Vaccination in the Punjab 1897-1904 - 1897-1904
Year: 1897
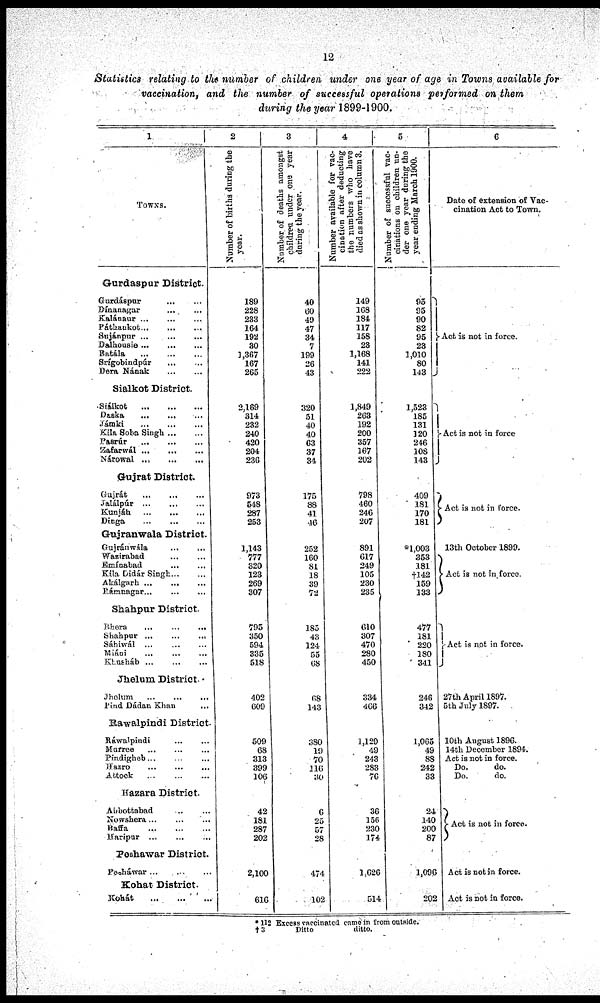
12
Statistics relating to the number of children under one year of age in Towns available for
vaccination, and the number of successful operations performed on them
during the year 1899-1900.
1
TOWNS.
Gurdaspur District.
Gurdáspur
...
...
...
Dínanagar ... ... ...
Kalánaur
...
...
...
Páthankot
...
...
...
Sujánpur ... ... ...
Dalhousie
...
...
...
Batála
...
...
...
Srigobindpúr ... ... ...
Dera Nának ... ... ...
Sialkot District.
Siálkot
...
...
...
Daska
...
...
...
Jámki
...
...
...
Kila Soba Singh ... ... ...
Pasrúr
...
...
...
Zafarwál
...
...
...
Nárowal
...
...
...
Gujrat District.
Gujrát ... ... ...
Jalálpúr ... ... ...
Kunjáh
...
...
...
Dinga
...
...
...
Gujranwala District.
Gujránwála ... ... ...
Wazirabad ... ... ...
Emínabad ... ... ...
Kila Didár Singh ...
Akálgarh ... ... ...
Rámnagar
...
...
...
Shahpur District.
Bhera
...
...
...
Shahpur ... ... ...
Sáhiwál ... ... ...
Miáni ... ... ...
Khusháb
...
...
...
Jhelum District
Jhelum ... ... ...
Pind Dádan Khan ...
Rawalpindi District.
Ráwalpindi ... ... ...
Murree ... ... ...
Pindigheb ... ... ...
Hazro ... ... ...
Attock ... ... ...
Hazara District.
Abbottabad ... ... ...
Nowshera
...
...
...
Baffa
...
...
...
Haripur
...
...
...
Peshawar District.
Pesháwar
...
...
...
Kohat District.
Kohát ... ... ...
2
Number of births during the
year.
189
228
283
164
192
80
1,367
167
265
2,169
314
282
240
420
204
236
973
548
287
253
1,143
777
320
123
269
307
795
350
594
335
518
402
609
509
68
313
399
106
42
181
287
202
2,100
616
3
Number of deaths amongst
children under one year
during the year.
40
60
49
47
34
7
199
26
43
320
51
40
40
63
37
34
175
88
41
46
252
160
81
18
39
72
185
43
124
55
68
68
143
380
19
70
116 30
6
25
57
28
474
102
4
Number available for vac¬
cination after deducting
the numbers who have
died as shown in column 3.
149
168
184
117
158
28
1,168
141
222
1,849
263
192
200
357
167
202
798
460
246
207
891
617
249
105
230
235
610
307
470
280
450
334
466
1,129
49
243
283
76
36
156
230
174
1,626
514
5
Number of successful vac-
cinations on children un-
der one year during the
year ending March 1900.
95
95
90
82
95
23
1,010
80
143
1,523
185
131
120
246
108
148
409
181
170
181
*1,003
353
181
†142
159
133
477
181
220
180
341
246
342
1,065
49
88
242
33
24
140
200
87
1,096
202
6
Date of extension of Vac-
cination Act to Town.
Act is not in force.
Act is not in force
Act is not in force.
13th October 1899.
Act is not in force.
Act is not in force.
27th April 1897.
5th July 1897.
10th August 1896.
14th December 1894.
Act is not in force.
Do.
do.
Do.
do.
Act is not in force.
Act is not in force.
Act is not in force.
*112 Excess vaccinated came in from outside.
†3
Ditto
ditto.